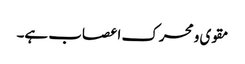
مقوی و محرک اعصاب ہے۔